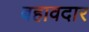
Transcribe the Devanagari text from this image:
बहावदार